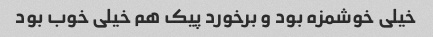
خیلی خوشمزه بود و برخورد پیک هم خیلی خوب بود